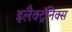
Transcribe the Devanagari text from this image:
इलैक्ट्रॅनिक्स